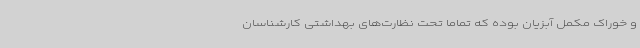
و خوراک مکمل آبزیان بوده که تماماً تحت نظارت‌های بهداشتی کارشناسان